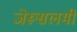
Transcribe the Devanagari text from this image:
जेरूसलमी